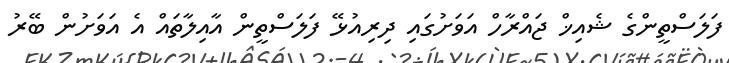
ފަލަސްތީންގެ ޝެއިޚް ޖައްރާހް އަވަށުގައި ދިރިއުޅޭ ފަލަސްތީން އާއިލާތައް އެ އަވަށުން ބޭރު